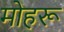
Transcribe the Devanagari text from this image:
मोहरू